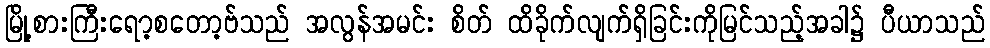
မြို့စားကြီးရော့စတော့ဗ်သည် အလွန်အမင်း စိတ် ထိခိုက်လျက်ရှိခြင်းကိုမြင်သည့်အခါ၌ ပီယာသည်